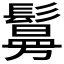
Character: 𫙃